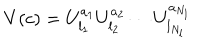
V ( c ) = U _ { l _ { 1 } } ^ { a _ { 1 } } U _ { l _ { 2 } } ^ { a _ { 2 } } \cdots U _ { l _ { N _ { l } } } ^ { a _ { N _ { l } } }